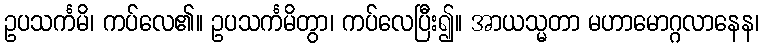
ဥပသင်္ကမိ၊ ကပ်လေ၏။ ဥပသင်္ကမိတွာ၊ ကပ်လေပြီး၍။ အာယသ္မတာ မဟာမောဂ္ဂလာနေန၊